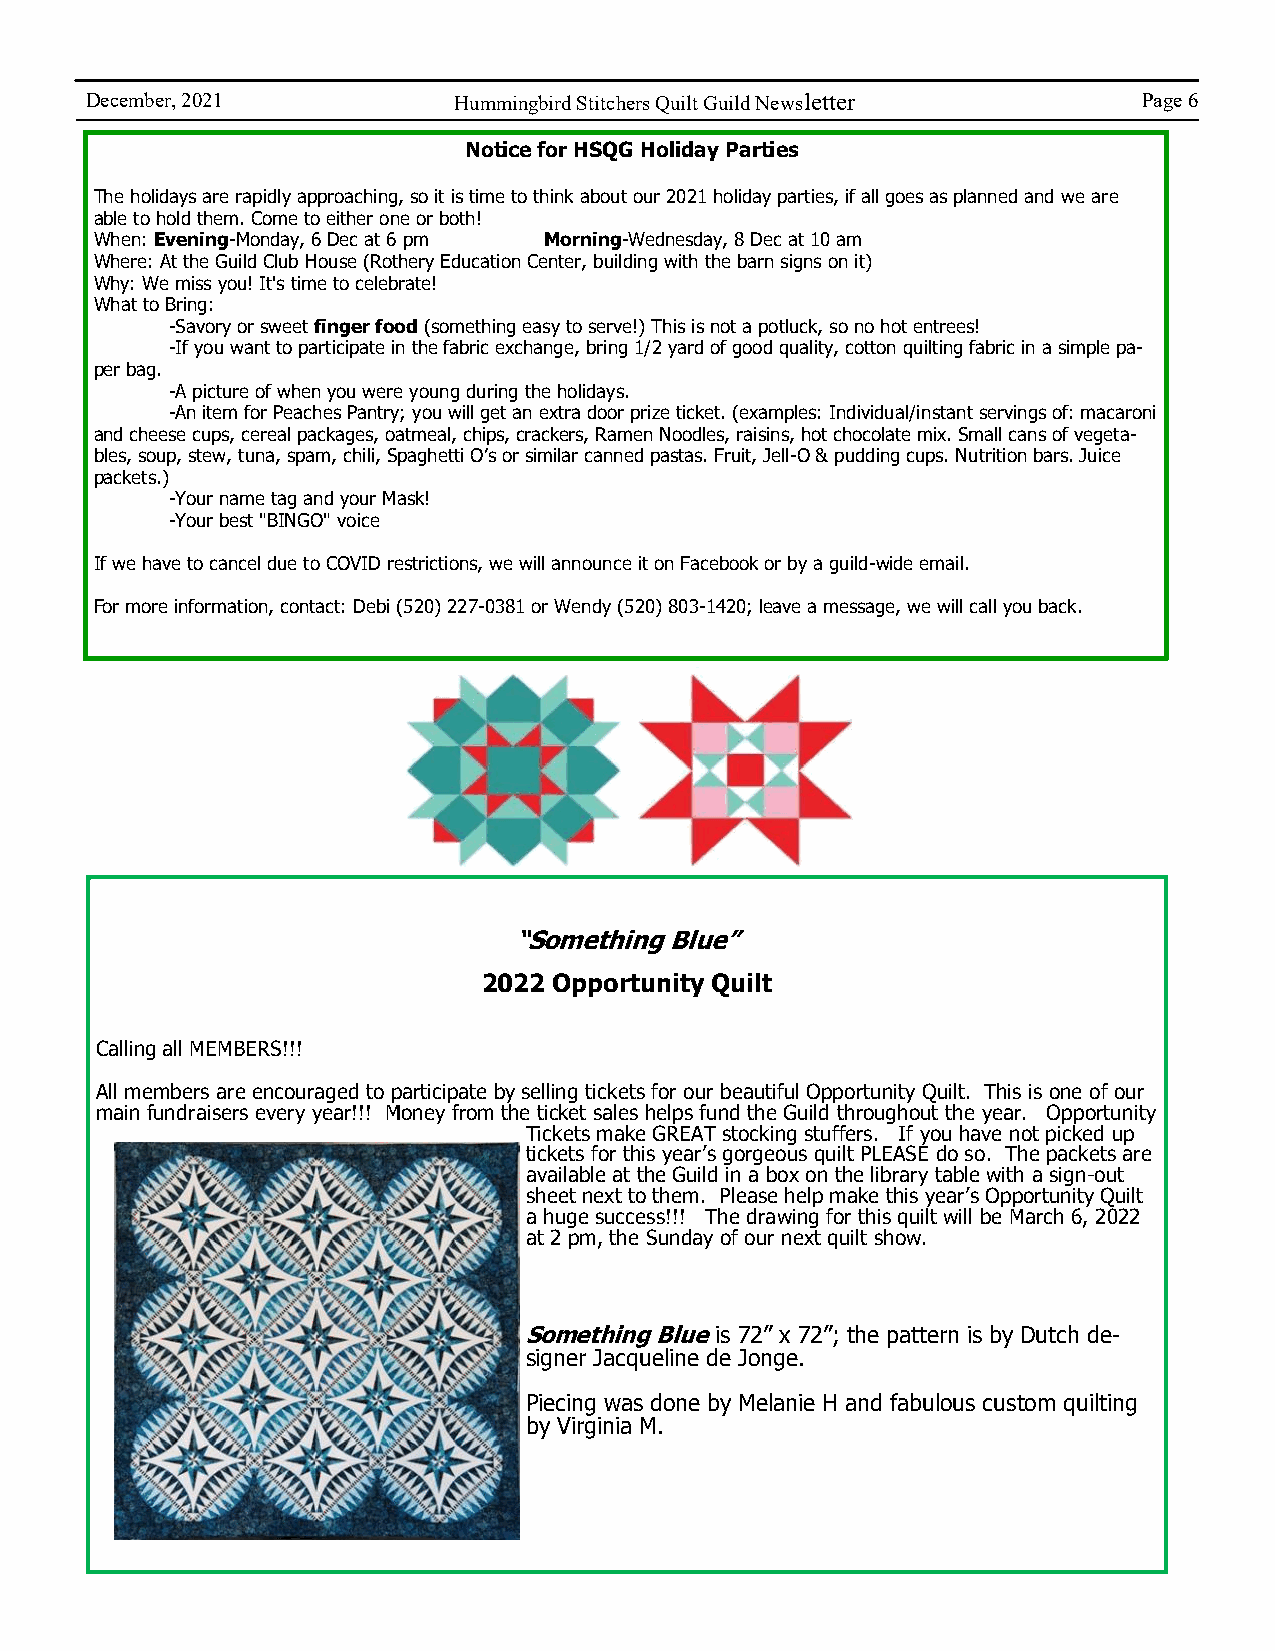
December, 2021          Hummingbird Stitchers Quilt Guild Newsletter  Page 6
 Notice for HSQG Holiday Parties
 The holidays are rapidly approaching, so it is time to think about our 2021 holiday parties, if all goes as planned and we are
 able to hold them. Come to either one or both!
 When: Evening-Monday, 6 Dec at 6 pm Morning-Wednesday, 8 Dec at 10 am
 Where: At the Guild Club House (Rothery Education Center, building with the barn signs on it)
 Why: We miss you! It's time to celebrate!
 What to Bring:
 -Savory or sweet finger food (something easy to serve!) This is not a potluck, so no hot entrees!
 -If you want to participate in the fabric exchange, bring 1/2 yard of good quality, cotton quilting fabric in a simple pa-
 per bag.
 -A picture of when you were young during the holidays.
 -An item for Peaches Pantry; you will get an extra door prize ticket. (examples: Individual/instant servings of: macaroni
 and cheese cups, cereal packages, oatmeal, chips, crackers, Ramen Noodles, raisins, hot chocolate mix. Small cans of vegeta-
 bles, soup, stew, tuna, spam, chili, Spaghetti O’s or similar canned pastas. Fruit, Jell-O & pudding cups. Nutrition bars. Juice
 packets.)
 -Your name tag and your Mask!
 -Your best "BINGO" voice
 If we have to cancel due to COVID restrictions, we will announce it on Facebook or by a guild-wide email.
 For more information, contact: Debi (520) 227-0381 or Wendy (520) 803-1420; leave a message, we will call you back.
 “Something Blue”
 2022 Opportunity Quilt
 Calling all MEMBERS!!!
 All members are encouraged to participate by selling tickets for our beautiful Opportunity Quilt. This is one of our
 main fundraisers every year!!! Money from the ticket sales helps fund the Guild throughout the year. Opportunity
 Tickets make GREAT stocking stuffers. If you have not picked up
 tickets for this year’s gorgeous quilt PLEASE do so. The packets are
 available at the Guild in a box on the library table with a sign-out
 sheet next to them. Please help make this year’s Opportunity Quilt
 a huge success!!! The drawing for this quilt will be March 6, 2022
 at 2 pm, the Sunday of our next quilt show.
 Something Blue is 72” x 72”; the pattern is by Dutch de-
 signer Jacqueline de Jonge.
 Piecing was done by Melanie H and fabulous custom quilting
 by Virginia M.